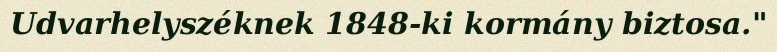
Udvarhelyszéknek 1848-ki kormány biztosa."